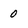
Character: 0